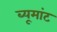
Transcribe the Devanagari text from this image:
ब्यूमांट